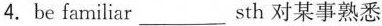
4.be familiar ___ sth 对某事熟悉